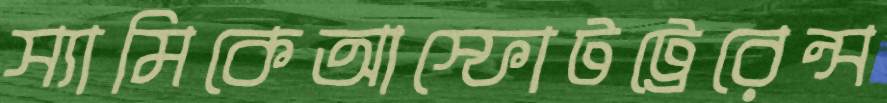
স্যামিকেআস্ফোটট্রেরেন্স